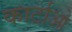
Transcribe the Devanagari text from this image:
कार्टाओ